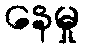
နေမှု